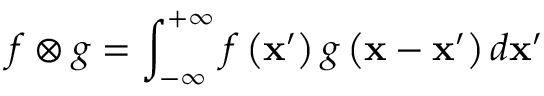
f \otimes g = \int _ { - \infty } ^ { + \infty } f \left( \mathbf { x } ^ { \prime } \right) g \left( \mathbf { x } - \mathbf { x } ^ { \prime } \right) d \mathbf { x } ^ { \prime }